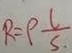
R = \rho \frac { l } { s . }